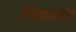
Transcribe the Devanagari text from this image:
निंबाळ्या